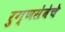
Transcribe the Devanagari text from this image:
रुग्णसेवेचे